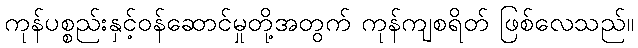
ကုန်ပစ္စည်းနှင့်ဝန်ဆောင်မှုတို့အတွက် ကုန်ကျစရိတ် ဖြစ်လေသည်။